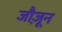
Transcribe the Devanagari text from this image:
जौज़ून